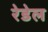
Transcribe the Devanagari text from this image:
रेडेल